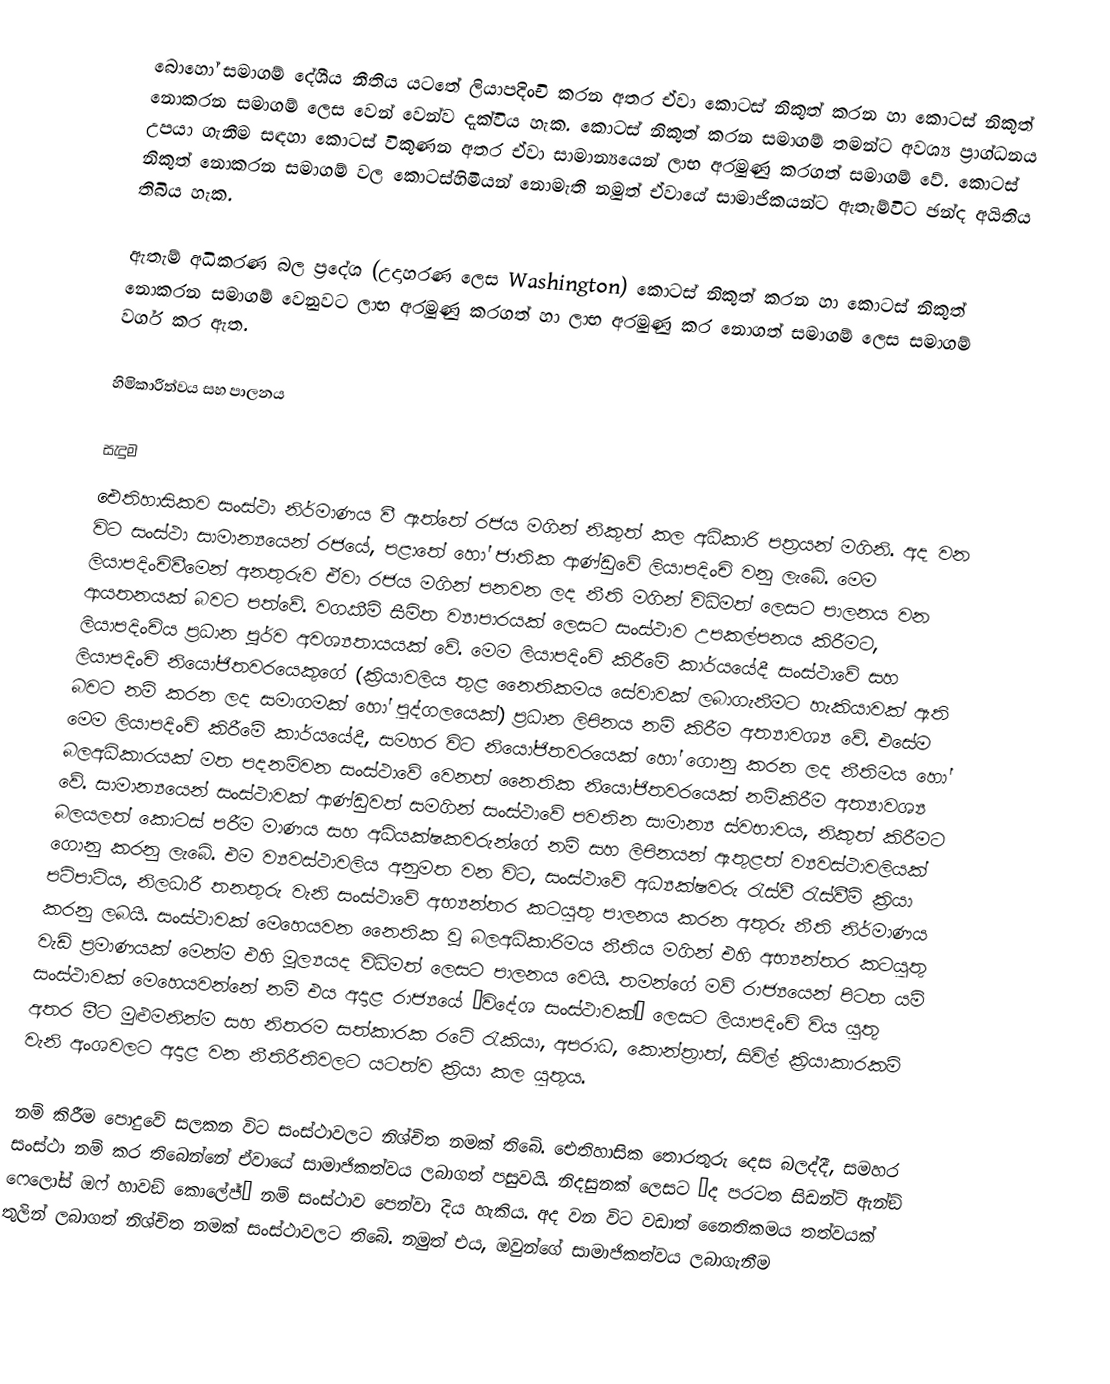
බොහෝ සමාගම් දේශීය නීතිය යටතේ ලියාපදිංචි කරන අතර ඒවා කොටස් නිකුත් කරන හා කොටස් නිකුත් නොකරන සමාගම් ලෙස වෙන් වෙන්ව දැක්විය හැක.  කොටස් නිකුත් කරන සමාගම් තමන්ට අවශ්‍ය ප්‍රාග්ධනය උපයා ගැනීම සඳහා කොටස් විකුණන අතර ඒවා සාමාන්‍යයෙන් ලාභ අරමුණු කරගත් සමාගම් වේ.  කොටස් නිකුත් නොකරන සමාගම් වල කොටස්හිමියන් නොමැති නමුත් ඒවායේ සාමාජිකයන්ට ඇතැම්විට ඡන්ද අයිතිය තිබිය හැක.

ඇතැම් අධිකරණ බල ප්‍රදේශ (උදාහරණ ලෙස Washington) කොටස් නිකුත් කරන හා කොටස් නිකුත්‍ නොකරන සමාගම් වෙනුවට ලාභ අරමුණු කරගත් හා ලාභ අරමුණු කර නොගත් සමාගම් ලෙස සමාගම් වර්ග කර ඇත.

හිමිකාරීත්වය සහ පාලනය

සැදුම
ඓතිහාසිකව සංස්ථා නිර්මාණය වී ඇත්තේ රජය මගින් නිකුත් කල අධිකාරි පත්‍රයන් මගිනි. අද වන විට සංස්ථා සාමාන්‍යයෙන් රජයේ, පළාතේ හෝ ජාතික ආණ්ඩුවේ ලියාපදිංචි වනු ලැබේ. මෙම ලියාපදිංචිවීමෙන් අනතුරුව ඒවා රජය මගින් පනවන ලද නීති මගින් විධිමත් ලෙසට පාලනය වන ආයතනයක් බවට පත්වේ. වගකීම් සීමිත ව්‍යාපාරයක් ලෙසට සංස්ථාව උපකල්පනය කිරීමට, ලියාපදිංචිය ප්‍රධාන පූර්ව අවශ්‍යතායයක් වේ. මෙම ලියාපදිංචි කිරීමේ කාර්යයේදී සංස්ථාවේ සහ ලියාපදිංචි නියෝජිතවරයෙකුගේ (ක්‍රියාවලිය තුළ නෛතිකමය සේවාවක් ලබාගැනීමට හැකියාවක් ඇති බවට නම් කරන ලද සමාගමක් හෝ පුද්ගලයෙක්) ප්‍රධාන ලිපිනය නම් කිරීම අත්‍යාවශ්‍ය වේ. එසේම මෙම ලියාපදිංචි කිරීමේ කාර්යයේදී, සමහර විට නියෝජිතවරයෙක් හෝ ගොනු කරන ලද නීතිමය හෝ බලඅධිකාරයක් මත පදනම්වන සංස්ථාවේ වෙනත් නෛතික නියෝජිතවරයෙක් නම්කිරීම අත්‍යාවශ්‍ය වේ. සාමාන්‍යයෙන් සංස්ථාවක් ආණ්ඩුවත් සමගින් සංස්ථාවේ පවතින සාමාන්‍ය ස්වභාවය, නිකුත් කිරීමට බලයලත් කොටස් පරීම මාණය සහ අධ්ය‍ක්ෂකවරුන්ගේ නම් සහ ලිපිනයන් ඇතුළත් ව්‍යවස්ථාවලියක් ගොනු කරනු ලැබේ. එම ව්‍යවස්ථාවලිය අනුමත වන විට, සංස්ථාවේ අධ්‍යක්ෂවරු රැස්වී රැස්වීම් ක්‍රියා පටිපාටිය, නිලධාරී තනතුරු වැනි සංස්ථාවේ අභ්‍යන්තර කටයුතු පාලනය කරන අතුරු නීති නිර්මාණය කරනු ලබයි. සංස්ථාවක් මෙහෙයවන නෛතික වූ බලඅධිකාරිමය නීතිය මගින් එහි අභ්‍යන්තර කටයුතු වැඩි ප්‍රමාණයක්  මෙන්ම එහි මූල්‍යයද විධිමත් ලෙසට පාලනය වෙයි. තමන්ගේ මව් රාජ්‍යයෙන් පිටත යම් සංස්ථාවක් මෙහෙයවන්නේ නම් එය අදාළ රාජ්‍යයේ ”විදේශ සංස්ථාවක්” ලෙසට ලියාපදිංචි විය යුතු අතර මීට මුළුමනින්ම සහ නිතරම සත්කාරක රටේ රැකියා, අපරාධ, කොන්ත්‍රාත්, සිවිල් ක්‍රියාකාරකම් වැනි අංශවලට අදාළ වන නීතිරීතිවලට යටත්ව ක්‍රියා කල යුතුය.

නම් කිරීම පොදුවේ සලකන විට සංස්ථාවලට නිශ්චිත නමක් තිබේ. ඓතිහාසික තොරතුරු දෙස බලද්දී, සමහර සංස්ථා නම් කර තිබෙන්නේ ඒවායේ සාමාජිකත්වය ලබාගත් පසුවයි. නිදසුනක් ලෙසට ”ද පරටත සිඩන්ට් ඇන්ඞ් ෆෙලෝස් ඔෆ් හාවඞ් කොලේජ්” නම් සංස්ථාව පෙන්වා දිය හැකිය. අද වන විට වඩාත් නෛතිකමය තත්වයක් තුලින් ලබාගත් නිශ්චිත නමක් සංස්ථාවලට තිබේ. නමුත් එය, ඔවුන්ගේ සාමාජිකත්වය ලබාගැනීම